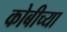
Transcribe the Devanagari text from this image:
कोबीच्या